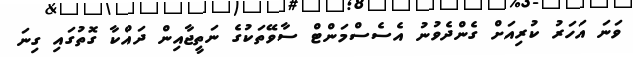
ވަނަ އަހަރު ކުރިއަށް ގެންދެވުނު އެސެސްމަންޓް ސާވޭތަކުގެ ނަތީޖާއިން ދައްކާ ގޮތުގައި ގިނަ